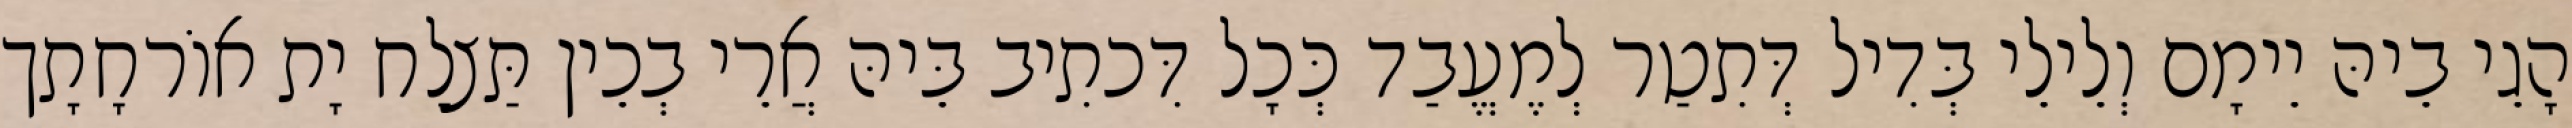
הָגֵי בֵיהּ יֵימָם וְלֵילֵי בְּדִיל דְּתִטַר לְמֶעֱבַד כְּכָל דִּכתִיב בֵּיהּ אֲרֵי בְכֵין תַּצלַח יָת אוֹרחָתָך